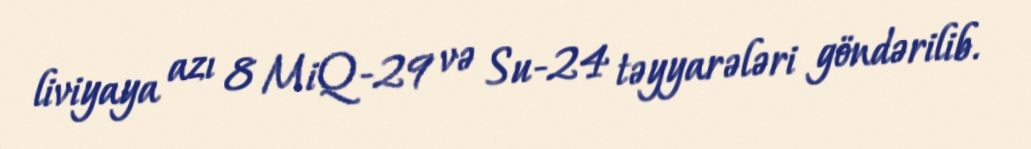
liviyaya azı 8 MiQ-29 və Su-24 təyyarələri göndərilib.